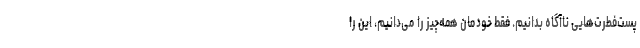
پست‌فطرت‌هایی ناآگاه بدانیم. فقط خودمان همه‌چیز را می‌دانیم، این را